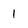
Character: l